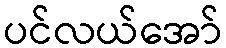
ပင်လယ်အော်